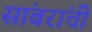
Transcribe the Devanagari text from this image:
सांबरांची